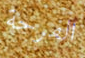
الفرحة